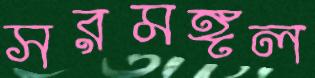
সরমঙ্গল